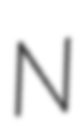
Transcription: N